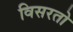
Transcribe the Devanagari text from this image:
विसरतो